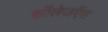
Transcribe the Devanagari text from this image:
कॉलेजऍस